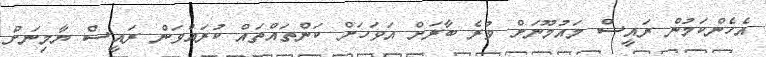
އެހެންކަމުން ރައީސް މައުމޫނަށް ވުރެ ބާރަށް އަވަހަށް ކަންތައްތައް ކުރައްވަން ރައީސް ޔާމިނަށް